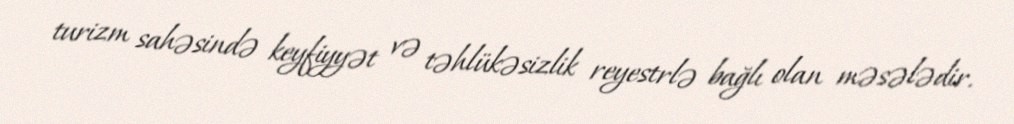
turizm sahəsində keyfiyyət və təhlükəsizlik reyestrlə bağlı olan məsələdir.